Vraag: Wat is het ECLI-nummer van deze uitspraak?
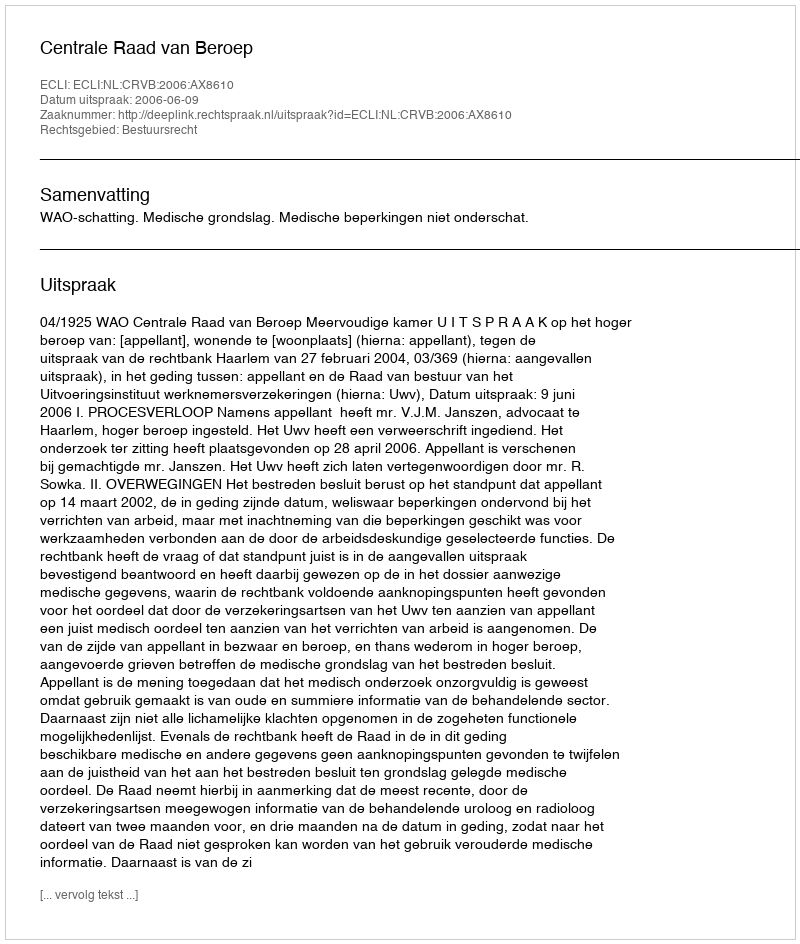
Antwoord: ECLI:NL:CRVB:2006:AX8610